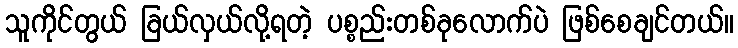
သူကိုင်တွယ် ခြယ်လှယ်လို့ရတဲ့ ပစ္စည်းတစ်ခုလောက်ပဲ ဖြစ်စေချင်တယ်။